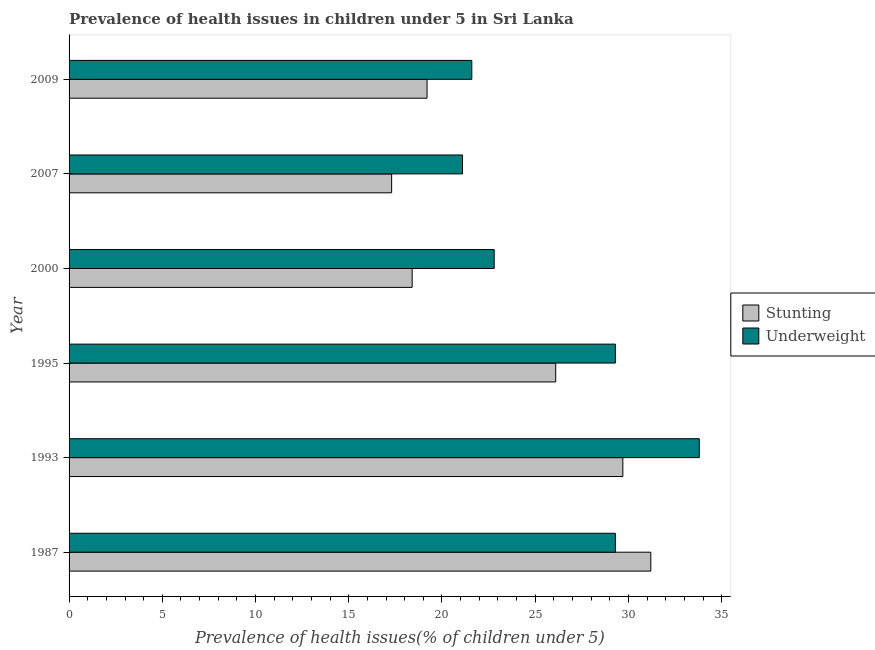
| Year | Stunting | Underweight |
 | --- | --- | --- |
 | 1987 | 31.2 | 29.3 |
 | 1993 | 29.7 | 33.8 |
 | 1995 | 26.1 | 29.3 |
 | 2000 | 18.4 | 22.8 |
 | 2007 | 17.3 | 21.1 |
 | 2009 | 19.2 | 21.6 |